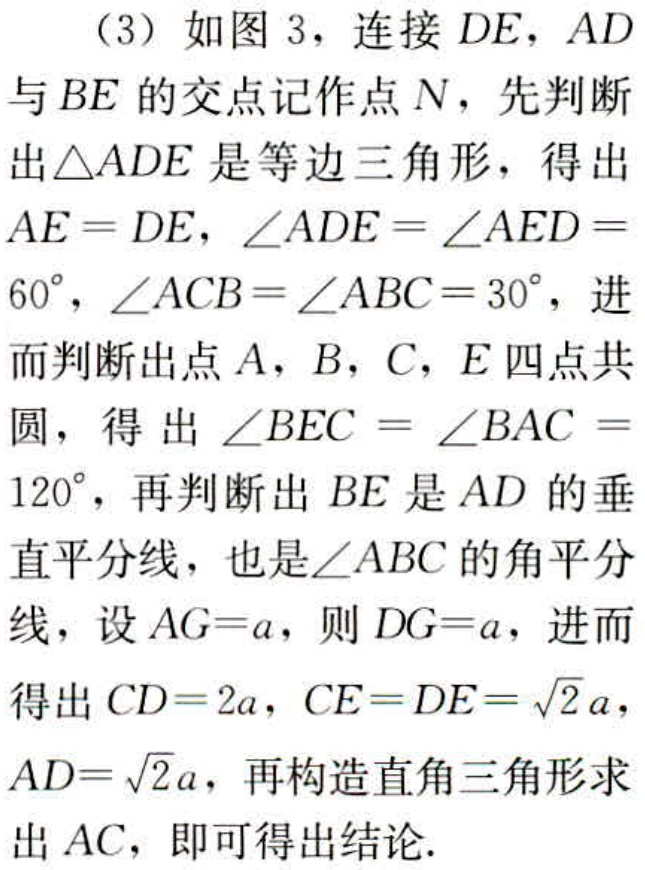
（3）如图 3，连接 \(DE\)，\(AD\)与\(BE\)的交点记作点 \(N\)，先判断出\(\triangle ADE\)是等边三角形，得出\(AE = DE\)，\(\angle ADE=\angle AED = 60^{\circ}\)，\(\angle ACB=\angle ABC = 30^{\circ}\)，进而判断出点 \(A\)，\(B\)，\(C\)，\(E\)四点共圆，得出\(\angle BEC=\angle BAC = 120^{\circ}\)，再判断出 \(BE\)是 \(AD\)的垂直平分线，也是\(\angle ABC\)的角平分线，设 \(AG = a\)，则 \(DG = a\)，进而得出 \(CD = 2a\)，\(CE = DE=\sqrt{2}a\)，\(AD=\sqrt{2}a\)，再构造直角三角形求出 \(AC\)，即可得出结论.